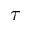
\tau